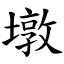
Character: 墩